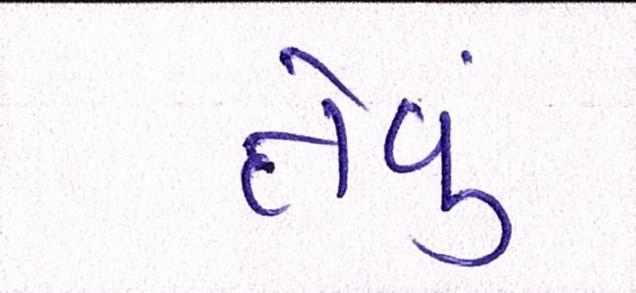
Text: તેવું